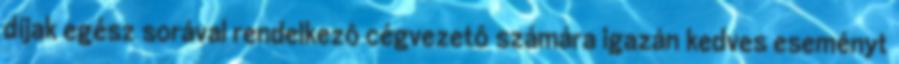
díjak egész sorával rendelkezô cégvezetô számára igazán kedves eseményt